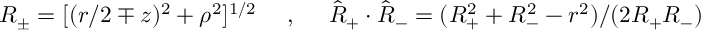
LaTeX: \begin{array} { c c c } { { R _ { \pm } = [ ( r / 2 \mp z ) ^ { 2 } + \rho ^ { 2 } ] ^ { 1 / 2 } } } & { { \mathrm { ~ , ~ } } } & { { \hat { R } _ { + } \cdot \hat { R } _ { - } = ( R _ { + } ^ { 2 } + R _ { - } ^ { 2 } - r ^ { 2 } ) / ( 2 R _ { + } R _ { - } ) } } \end{array}